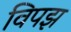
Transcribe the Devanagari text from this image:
विपझ